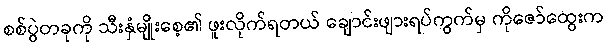
စစ်ပွဲတခုကို သီးနှံမျိုးစေ့၏ ဖူးလိုက်ရတယ် ချောင်းဖျားရပ်ကွက်မှ ကိုဇော်ထွေးက